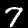
Label: 7